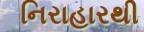
નિરાહારથી